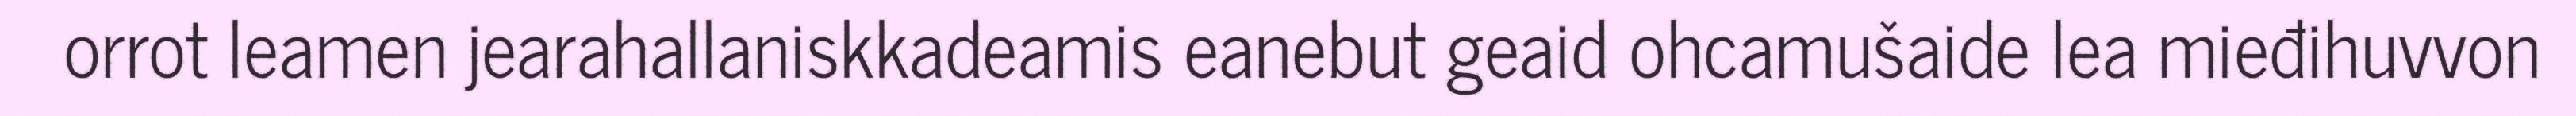
orrot leamen jearahallaniskkadeamis eanebut geaid ohcamušaide lea mieđihuvvon